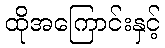
ထိုအကြောင်းနှင့်